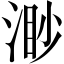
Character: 渺